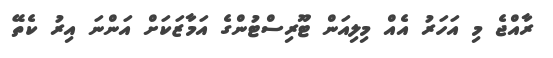
ރާއްޖެ މި އަހަރު އެއް މިލިއަން ޓޫރިސްޓުންގެ އަމާޒަކަށް އަންނަ އިރު ކެތޭ